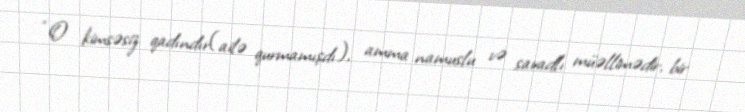
“O kimsəsiz qadındır(ailə qurmamışdı), amma namuslu və savadlı müəllimədir, bir